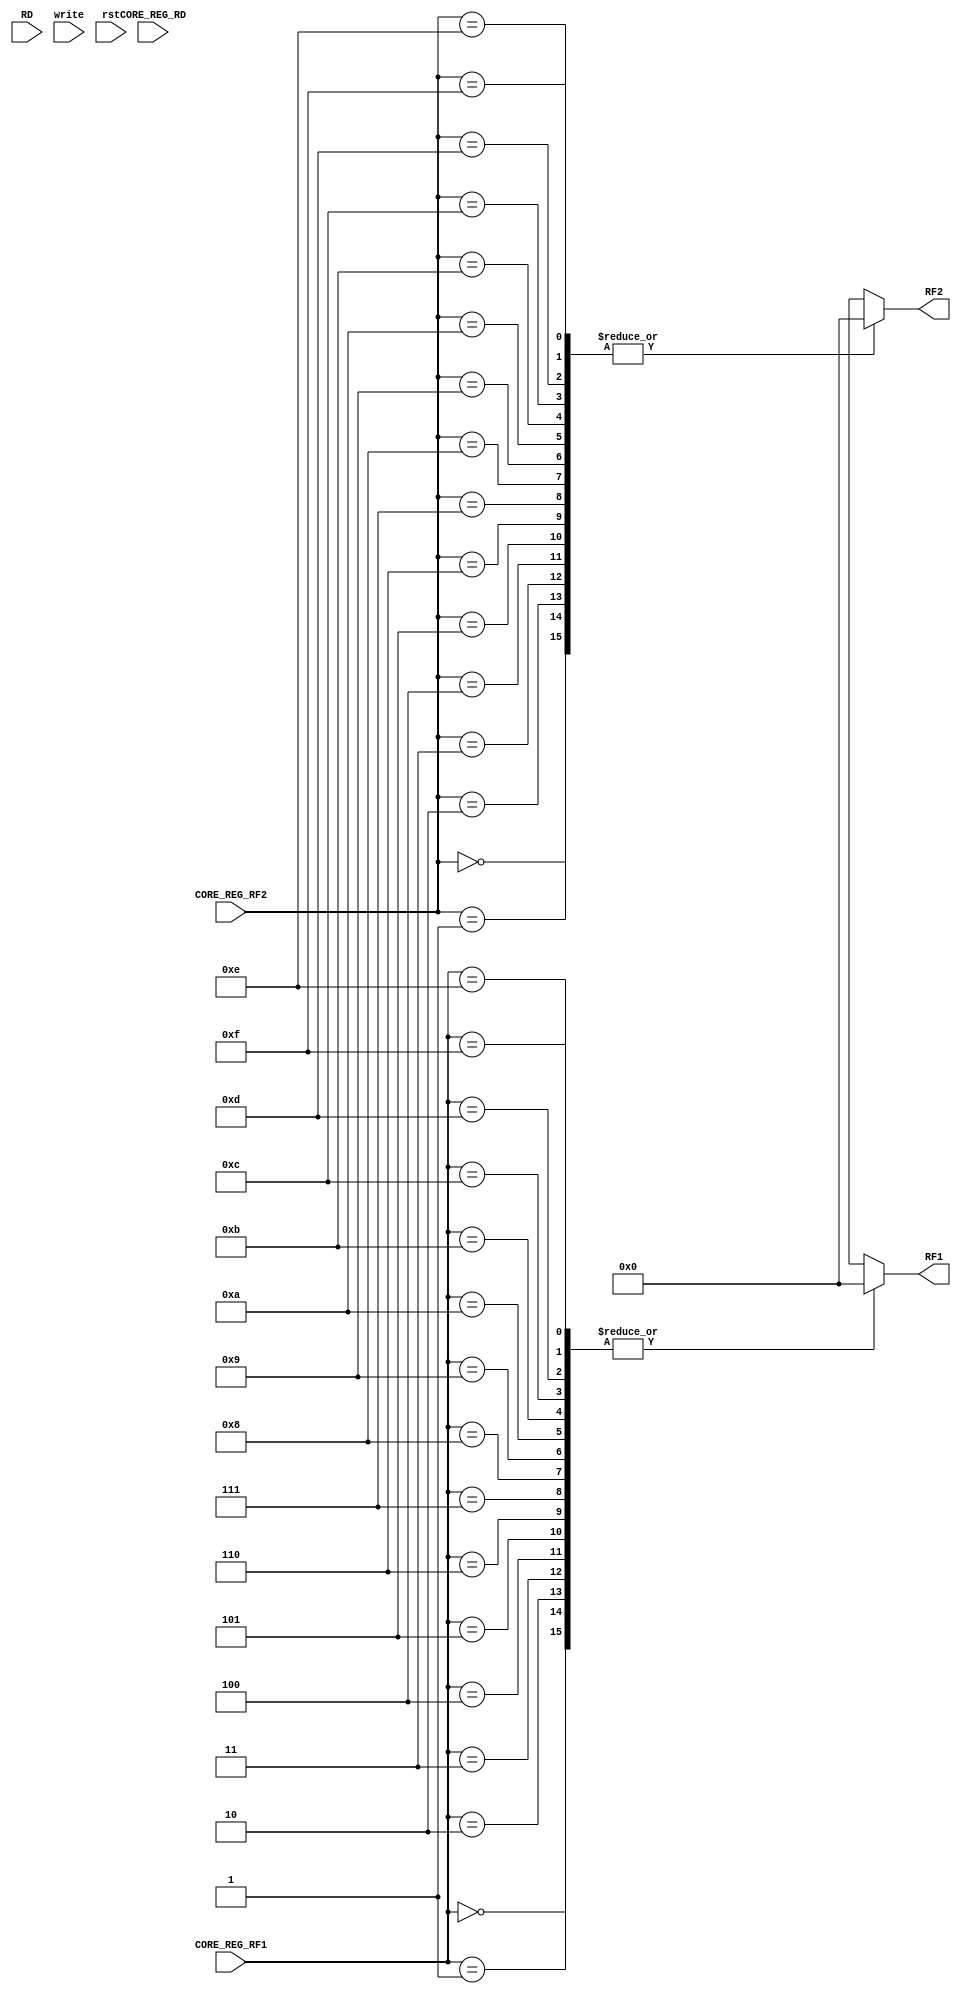
module REGs(
              RD,
              RF1,
              RF2,
              CORE_REG_RD,
              CORE_REG_RF1,
              CORE_REG_RF2,
              write,
              rst
            );
            parameter TAM=16;

            input wire write;
            input wire rst;

            input wire [3:0] CORE_REG_RD;
            input wire [3:0] CORE_REG_RF1;
            input wire [3:0] CORE_REG_RF2;

            input wire [TAM-1:0] RD;

            output wire [TAM-1:0] RF1;
            output wire [TAM-1:0] RF2;

            reg [TAM-1:0] REGS [15:0];

            assign RF1=REGS[CORE_REG_RF1];
            assign RF2=REGS[CORE_REG_RF2];

            //TODO fazer corretamente o reset
            integer i;
            always @ ( rst ) begin
            for(i=0; i<16; i=i+1) begin
                REGS[i]={16'h0};
              end
            end

            always @ ( posedge write ) begin
              if(|CORE_REG_RD)
                REGS[CORE_REG_RD]=RD;
            end



endmodule